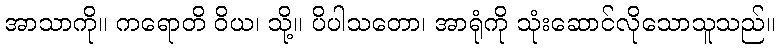
အာသာကို။ ကရောတိ ဝိယ၊ သို့။ ပိပါသတော၊ အာရုံကို သုံးဆောင်လိုသောသူသည်။